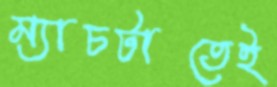
ম্যাচটাতেই